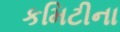
કમિટીના